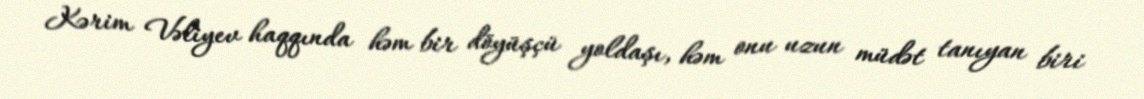
Kərim Vəliyev haqqında həm bir döyüşçü yoldaşı, həm onu uzun müdət tanıyan biri